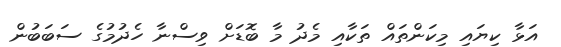
އަޅާ ކިޔައި މިކަންތައް ތަކާއި މެދު މާ ބޮޑަށް ވިސްނާ ހެދުމުގެ ސަބަބުން